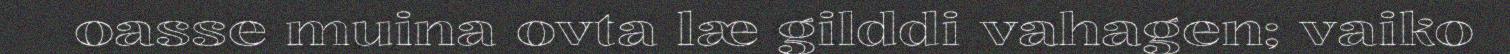
oasse muina ovta læ gilddi vahagen; vaiko